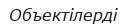
Объектілерді